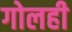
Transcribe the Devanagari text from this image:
गोलही